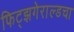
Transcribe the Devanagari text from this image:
फिट्झगेराल्डचा